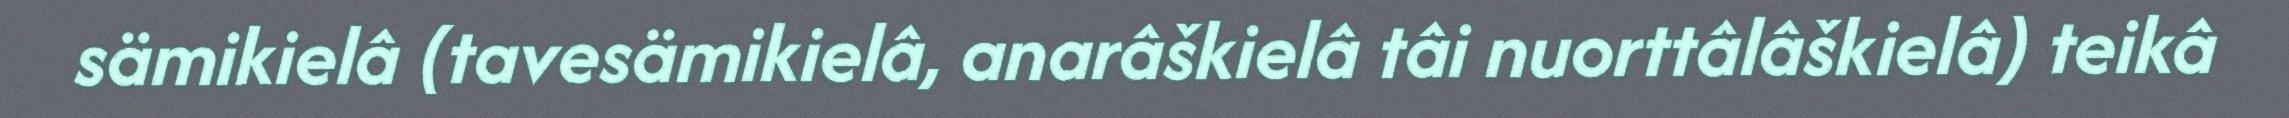
sämikielâ (tavesämikielâ, anarâškielâ tâi nuorttâlâškielâ) teikâ